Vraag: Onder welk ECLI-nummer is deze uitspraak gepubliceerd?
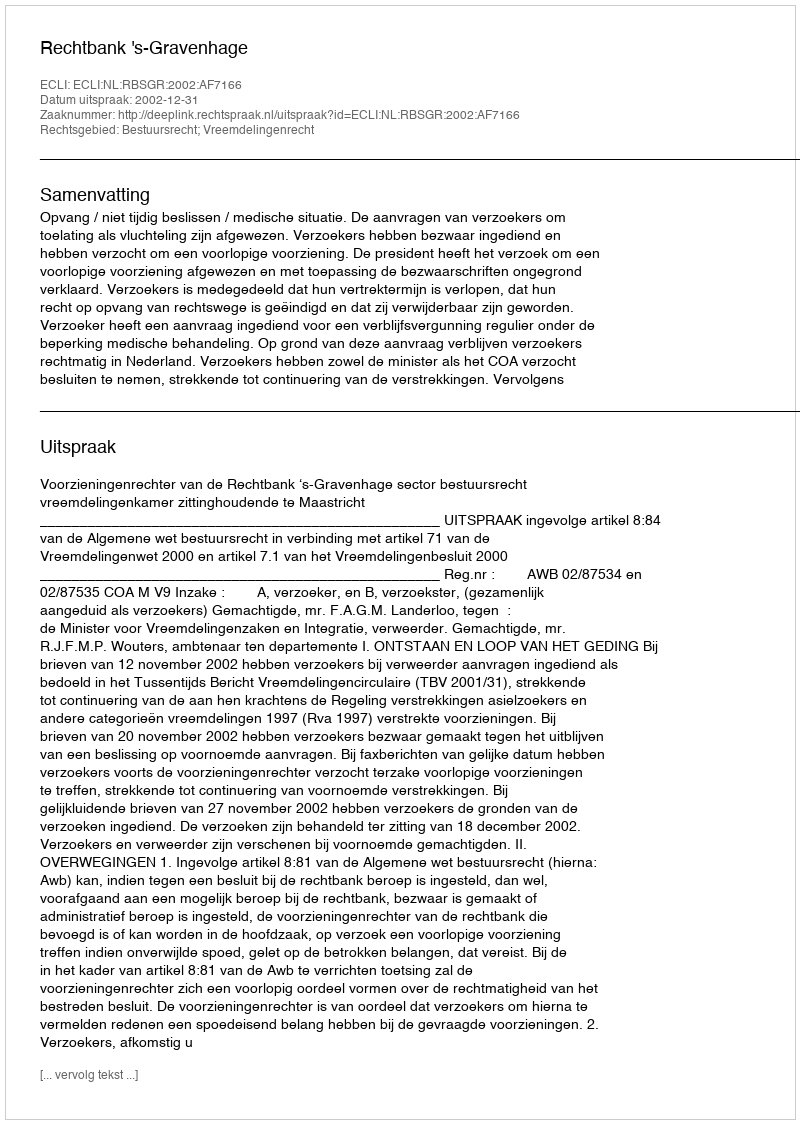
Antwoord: ECLI:NL:RBSGR:2002:AF7166